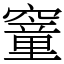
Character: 䆹